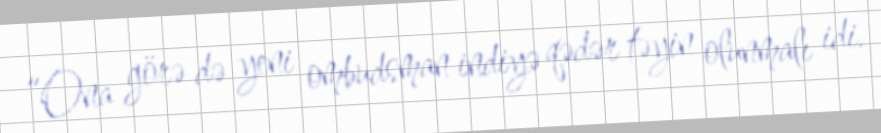
“Ona görə də yeni ombudsman indiyə qədər təyin olunmalı idi.